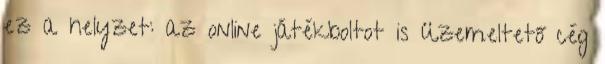
ez a helyzet: az online játékboltot is üzemeltető cég